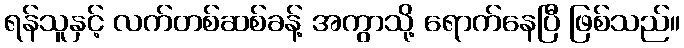
ရန်သူနှင့် လက်တစ်ဆစ်ခန့် အကွာသို့ ရောက်နေပြီ ဖြစ်သည်။